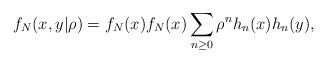
LaTeX: \begin{align*}f_{N}(x,y|\rho )=f_{N}(x)f_{N}(x)\sum_{n\geq 0}\rho ^{n}h_{n}(x)h_{n}(y),\end{align*}